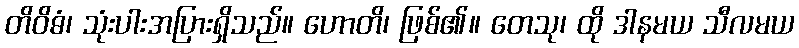
တိဝိဓံ၊ သုံးပါးအပြားရှိသည်။ ဟောတိ၊ ဖြစ်၏။ တေသု၊ ထို ဒါနမယ သီလမယ